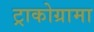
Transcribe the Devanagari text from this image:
ट्राकोग्रामा